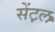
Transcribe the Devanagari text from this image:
सेंट़ल